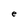
Character: e